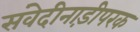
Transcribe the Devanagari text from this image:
संवेदीनाड़ीपरक